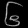
Digit: ၆